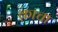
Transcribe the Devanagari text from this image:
क़ाचा